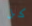
كل